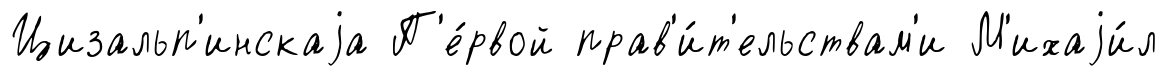
Цизальп'инскаjа П'е́рвой прав'и́т'ельствам'и М'ихаjи́л